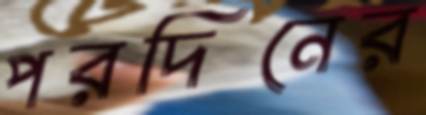
পরদিনের